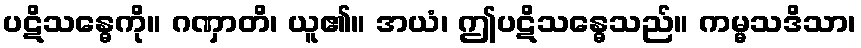
ပဋိသန္ဓေကို။ ဂဏှာတိ၊ ယူ၏။ အယံ၊ ဤပဋိသန္ဓေသည်။ ကမ္မသဒိသာ၊